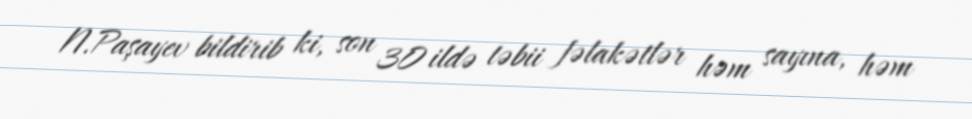
N.Paşayev bildirib ki, son 30 ildə təbii fəlakətlər həm sayına, həm